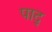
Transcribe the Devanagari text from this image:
पाद्